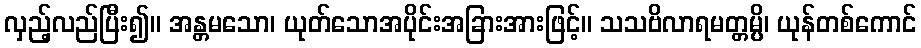
လှည့်လည်ပြီး၍။ အန္တမသော၊ ယုတ်သောအပိုင်းအခြားအားဖြင့်။ သသဗိလာရမတ္တမ္ပိ၊ ယုန်တစ်ကောင်